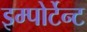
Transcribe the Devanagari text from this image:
इम्पोर्टेन्ट